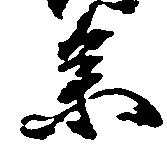
参